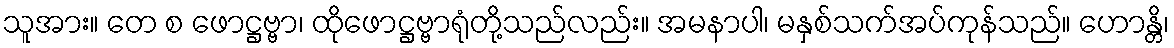
သူအား။ တေ စ ဖောဋ္ဌဗ္ဗာ၊ ထိုဖောဋ္ဌဗ္ဗာရုံတို့သည်လည်း။ အမနာပါ၊ မနှစ်သက်အပ်ကုန်သည်။ ဟောန္တိ၊